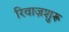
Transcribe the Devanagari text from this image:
रिवाज़शुरू